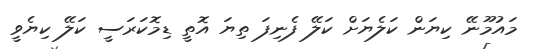
މައުމޫނޭ ކިޔަން ކަލެޔަށް ކަލޭ ފެނިފަ ތިޔަ އޮތީ ޑިމޮކަރަސީ ކަލޭ ކިޔެވީ